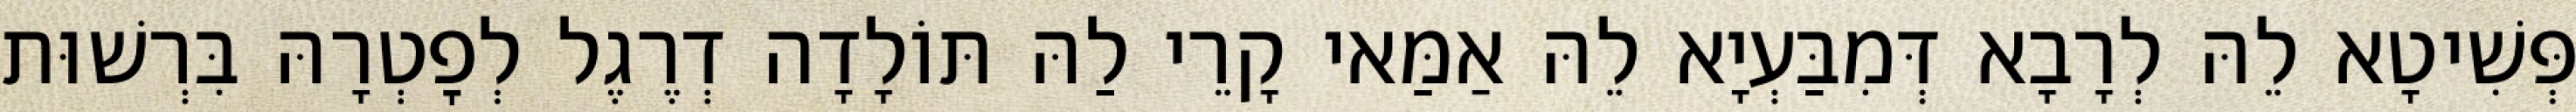
פְּשִׁיטָא לֵהּ לְרָבָא דְּמִבַּעְיָא לֵהּ אַמַּאי קָרֵי לַהּ תּוֹלָדָה דְרֶגֶל לְפׇטְרָהּ בִּרְשׁוּת